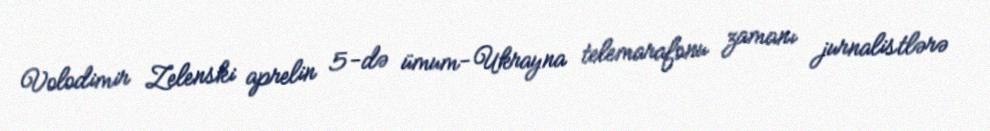
Volodimir Zelenski aprelin 5-də ümum-Ukrayna telemarafonu zamanı jurnalistlərə